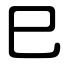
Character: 巳